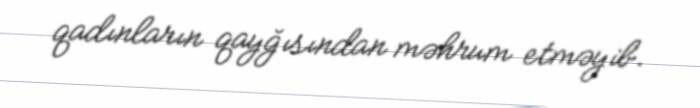
qadınların qayğısından məhrum etməyib.